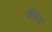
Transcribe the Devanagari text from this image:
सैंपल्स